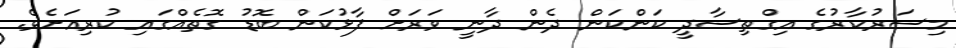
މިސަރުކާރުގެ އިގްތިސާދީ ކަންކަން ދެން ދާނީ ވަރަށް ފާޅުކަން ބޮޑު ގޮތެއްގައި ކުރިއަށެވެ.